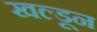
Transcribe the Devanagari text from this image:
खल्डून